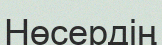
Нөсердің